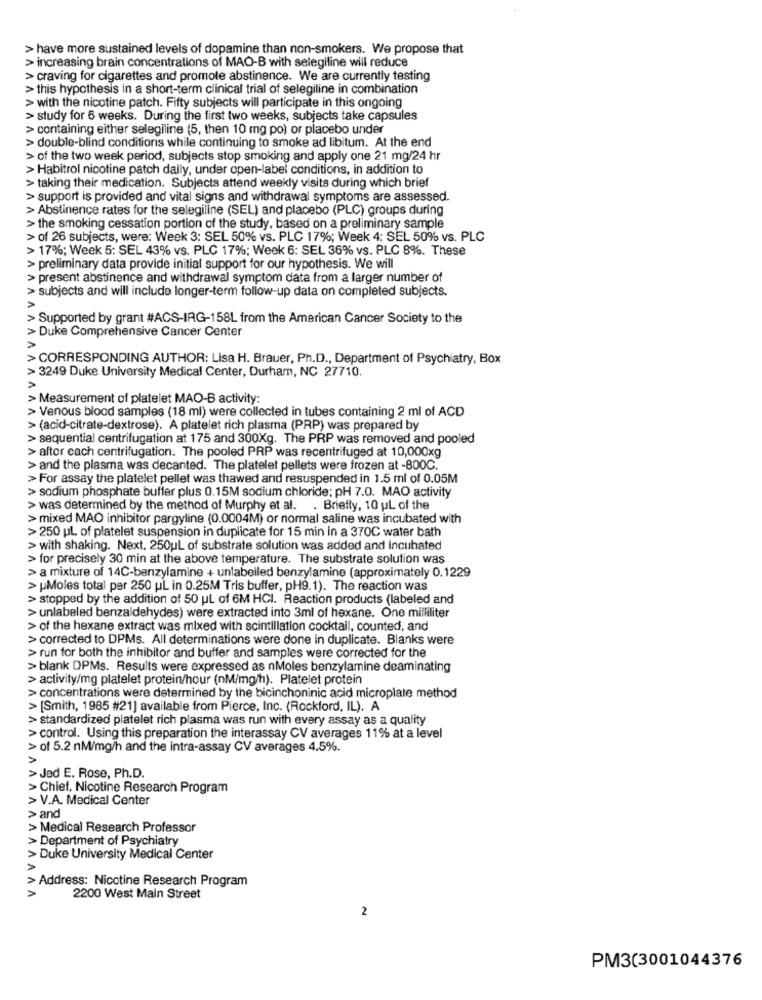
> have more sustained levels of dopamine than non-smokers. We propose that
> increasing brain concentrations of MAO-B with selegiline will reduce
> craving for cigarettes and promote abstinence. We are currently testing
> this hypothesis in a short-term clinical trial of selegiline in combination
> with the nicotine patch. Fifty subjects will participate in this ongoing
> study for 6 weeks. During the first two weeks, subjects take capsules
> containing either selegiline (5, then 10 mg po) or placebo under
> double-blind conditions while continuing to smoke ad libitum. At the end
> of the two week period, subjects stop smoking and apply one 21 mg/24 hr
> Habitrol nicotine patch daily, under open-label conditions, in addition to
> taking their medication. Subjects attend weekly visits during which brief
> support is provided and vital signs and withdrawal symptoms are assessed.
> Abstinence rates for the selegiline (SEL) and placebo (PLC) groups during
> the smoking cessation portion of the study, based on a preliminary sample
> of 26 subjects, were: Week 3: SEL 50% vs. PLC 17%; Week 4: SEL 50% vs. PLC
> 17%; Week 5: SEL 43% vs. PLC 17%; Week 6: SEL 36% vs. PLC 8%. These
> preliminary data provide initial support for our hypothesis. We will
> present abstinence and withdrawal symptom data from a larger number of
> subjects and will include longer-term follow-up data on completed subjects.
> Supported by grant #ACS-IRG-158L from the American Cancer Society to the
> Duke Comprehensive Cancer Center
> CORRESPONDING AUTHOR: Lisa H. Brauer, Ph.D ., Department of Psychiatry, Box
>3249 Duke University Medical Center, Durham, NC 27710.
> Measurement of platelet MAO-B activity:
> Venous blood samples (18 ml) were collected in tubes containing 2 ml of ACD
> (acid-citrate-dextrose). A platelet rich plasma (PRP) was prepared by
sequential centrifugation at 175 and 300Xg. The PRP was removed and pooled
> after each centrifugation. The pooled PRP was recentrifuged at 10,000xg
> and the plasma was decanted. The platelet pellets were frozen at -800C.
> For assay the platelet pellet was thawed and resuspended in 1.5 ml of 0.05M
> sodium phosphate buffer plus 0.15M sodium chloride; pH 7.0. MAO activity
> was determined by the method of Murphy et al. . Briefly, 10 uL of the
> mixed MAO inhibitor pargyline (0.0004M) or normal saline was incubated with
>250 pL of platelet suspension in duplicate for 15 min in a 370C water bath
> with shaking. Next. 250uL of substrate solution was added and Incubated
> for precisely 30 min at the above temperature. The substrate solution was
> a mixture of 14C-benzylamine + unlabelled benzylamine (approximately 0.1229
> [Moles total per 250 uL in 0.25M Tris buffer, pH9.1). The reaction was
> stopped by the addition of 50 uL of 6M HCI. Reaction products (labeled and
> unlabeled benzaldehydes) were extracted into 3ml of hexane. One milliliter
> of the hexane extract was mixed with scintillation cocktail, counted, and
AAAAA
> corrected to DPMs. All determinations were done in duplicate. Blanks were
> run for both the inhibitor and buffer and samples were corrected for the
> blank DPMs. Results were expressed as nMoles benzylamine deaminating
> activity/mg platelet protein/hour (nM/mg/h). Platelet protein
> concentrations were determined by the bicinchoninic acid microplate method
> [Smith, 1985 #21] available from Pierce, Inc. (Rockford, IL). A
> standardized platelet rich plasma was run with every assay as a quality
> control. Using this preparation the interassay CV averages 11% at a level
> of 5.2 nM/mg/h and the intra-assay CV averages 4.5%.
> Jed E. Rose, Ph.D.
> Chief, Nicotine Research Program
> V.A. Medical Center
> and
> Medical Research Professor
> Department of Psychiatry
> Duke University Medical Center
> Address: Nicotine Research Program
2200 West Main Street
2
PM3(3001044376